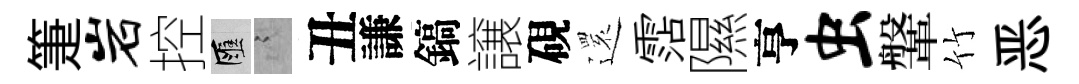
箑岩控匯謭丑謙鎬譲硯𮟃霑隰亨虫鞶竹恶